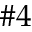
\# 4